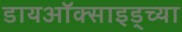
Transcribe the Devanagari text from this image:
डायऑक्साइड्च्या